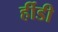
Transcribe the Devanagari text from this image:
र्हीडी